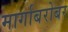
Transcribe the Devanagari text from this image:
मार्गाबरोबर